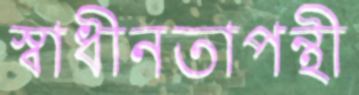
স্বাধীনতাপন্থী